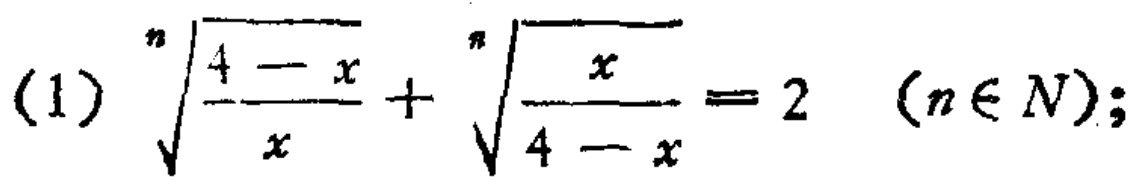
\((1)\quad\sqrt[n]{\frac{4 - x}{x}}+\sqrt[n]{\frac{x}{4 - x}} = 2\quad(n\in N);\)